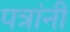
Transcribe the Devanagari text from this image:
पत्रांनी